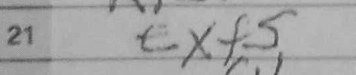
Transcription: exf5